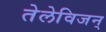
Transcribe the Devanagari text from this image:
तेलेविजन्